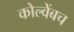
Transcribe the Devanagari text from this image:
कोल्वेंबच